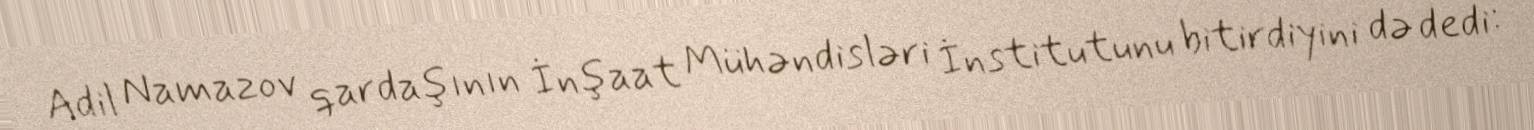
Adil Namazov qardaşının İnşaat Mühəndisləri İnstitutunu bitirdiyini də dedi: